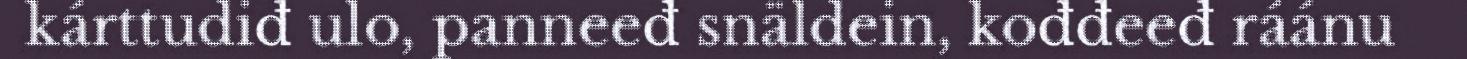
kárttudiđ ulo, panneeđ snäldein, kođđeeđ ráánu